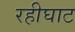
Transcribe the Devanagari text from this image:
रहीघाट